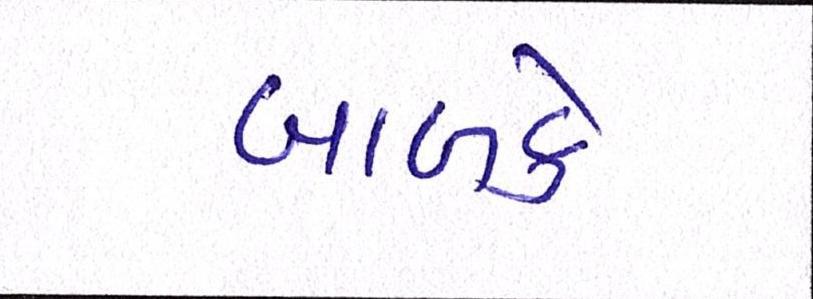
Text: બાળકે